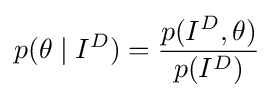
p(\theta \mid I^{D})={\frac {p(I^{D},\theta )}{p(I^{D})}}